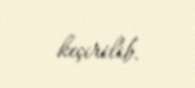
keçirilib.